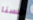
حسنا